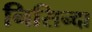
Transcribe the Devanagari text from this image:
निसिन्दा